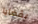
بقضايا